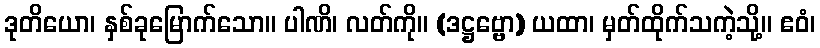
ဒုတိယော၊ နှစ်ခုမြောက်သော။ ပါဏိ၊ လတ်ကို။ (ဒဋ္ဌဗ္ဗော) ယထာ၊ မှတ်ထိုက်သကဲ့သို့။ ဧဝံ၊